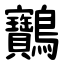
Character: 䴐